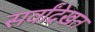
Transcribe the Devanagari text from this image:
सर्वांदेखत